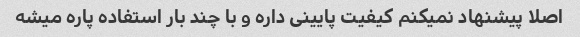
اصلا پیشنهاد نمیکنم کیفیت پایینی داره و با چند بار استفاده پاره میشه